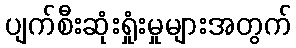
ပျက်စီးဆုံးရှုံးမှုများအတွက်